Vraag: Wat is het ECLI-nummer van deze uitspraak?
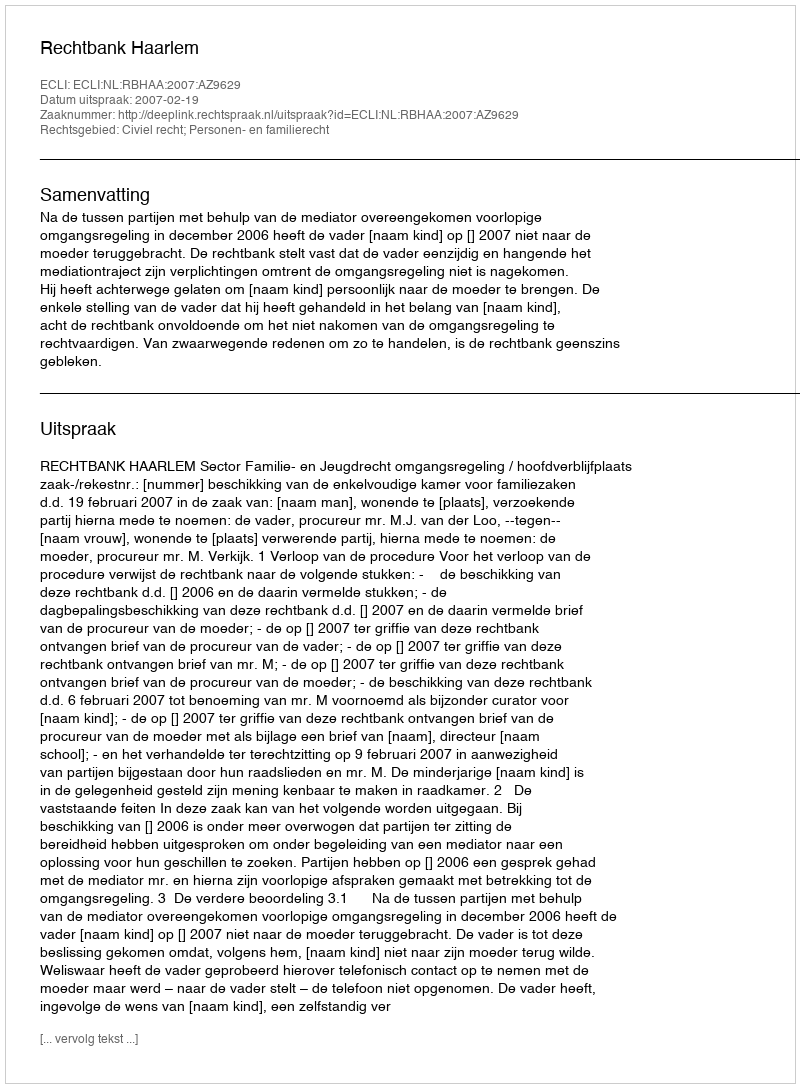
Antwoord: ECLI:NL:RBHAA:2007:AZ9629